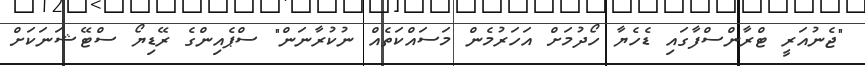
"ޖެނުއަރީ ޓްރާންސްފާގައި ޑެހެޔާ ހޯދުމަށް އަހަރުމެން މަސައްކަތެއް ނުކުރާނަން" ސްޕެއިންގެ ރޭޑިޔޯ ސްޓޭޝަނަކަށް